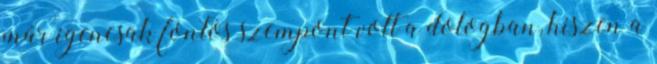
már igencsak fontos szempont volt a dologban, hiszen a